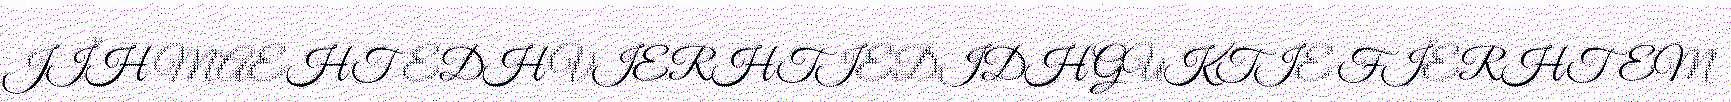
JÏH MAEHTEDH VIERHTIEDIDH GUKTIE FÏERHTEM